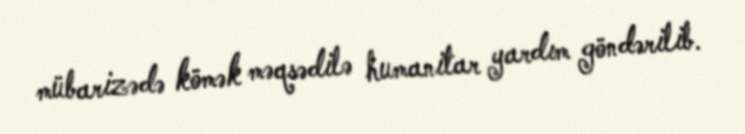
mübarizədə kömək məqsədilə humanitar yardım göndərilib.